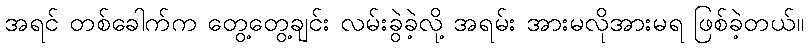
အရင် တစ်ခေါက်က တွေ့တွေ့ချင်း လမ်းခွဲခဲ့လို့ အရမ်း အားမလိုအားမရ ဖြစ်ခဲ့တယ်။